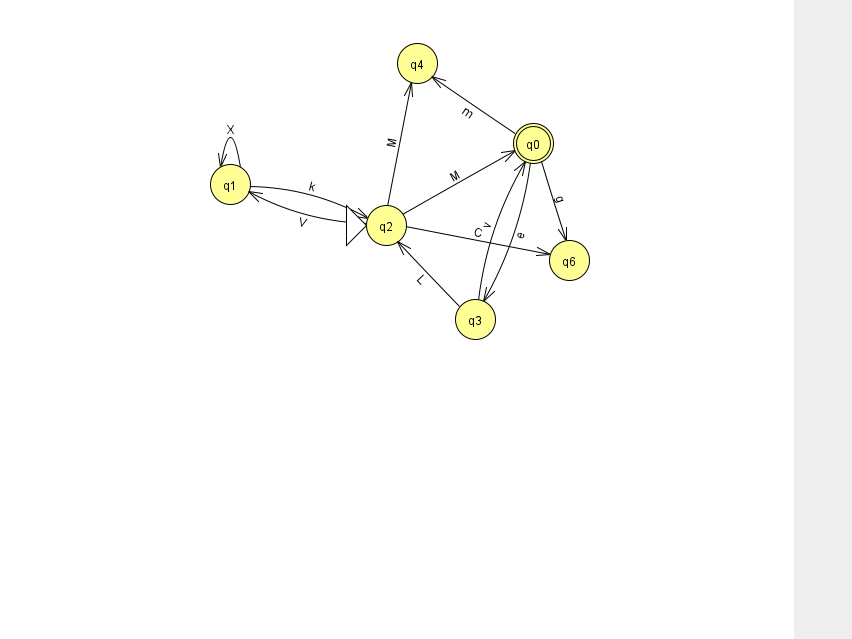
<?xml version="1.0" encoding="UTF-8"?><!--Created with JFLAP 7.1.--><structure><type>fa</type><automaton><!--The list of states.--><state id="0" name="q0"><x>533.0</x><y>130.0</y><final/></state><state id="1" name="q1"><x>230.0</x><y>171.0</y></state><state id="2" name="q2"><x>386.0</x><y>212.0</y><initial/></state><state id="3" name="q3"><x>475.0</x><y>306.0</y></state><state id="4" name="q4"><x>417.0</x><y>50.0</y></state><state id="6" name="q6"><x>569.0</x><y>247.0</y></state><!--The list of transitions.--><transition><from>0</from><to>3</to><read>e</read></transition><transition><from>2</from><to>4</to><read>M</read></transition><transition><from>3</from><to>0</to><read>v</read></transition><transition><from>3</from><to>2</to><read>L</read></transition><transition><from>2</from><to>6</to><read>C</read></transition><transition><from>2</from><to>0</to><read>M</read></transition><transition><from>2</from><to>1</to><read>V</read></transition><transition><from>1</from><to>1</to><read>X</read></transition><transition><from>0</from><to>4</to><read>m</read></transition><transition><from>0</from><to>6</to><read>g</read></transition><transition><from>1</from><to>2</to><read>k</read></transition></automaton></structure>